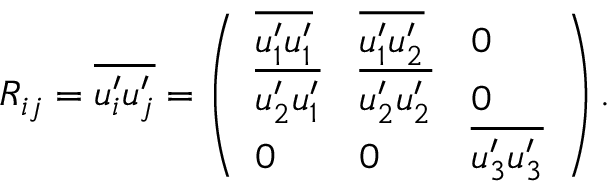
R _ { i j } = \overline { { u _ { i } ^ { \prime } u _ { j } ^ { \prime } } } = \left( \begin{array} { l l l } { \overline { { u _ { 1 } ^ { \prime } u _ { 1 } ^ { \prime } } } } & { \overline { { u _ { 1 } ^ { \prime } u _ { 2 } ^ { \prime } } } } & { 0 } \\ { \overline { { u _ { 2 } ^ { \prime } u _ { 1 } ^ { \prime } } } } & { \overline { { u _ { 2 } ^ { \prime } u _ { 2 } ^ { \prime } } } } & { 0 } \\ { 0 } & { 0 } & { \overline { { u _ { 3 } ^ { \prime } u _ { 3 } ^ { \prime } } } } \end{array} \right) .